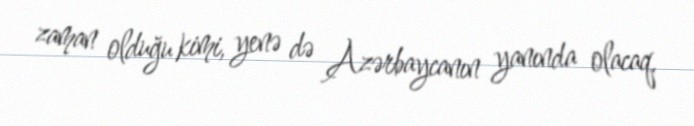
zaman olduğu kimi, yenə də Azərbaycanın yanında olacaq.